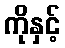
ကိုနှင့်